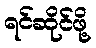
ရင်ဆိုင်ဖို့